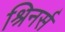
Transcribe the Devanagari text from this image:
श्रिनर्स